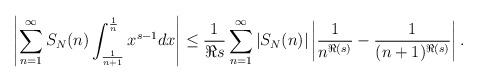
LaTeX: \begin{align*}\left|\sum_{n=1}^{\infty} S_N(n) \int_{\frac{1}{n+1}}^{\frac{1}{n}} x^{s-1} dx\right| \leq \frac{1}{\Re s} \sum_{n=1}^{\infty} \left|S_N(n)\right| \left|\frac{1}{n^{\Re(s)}}-\frac{1}{(n+1)^{\Re(s)}}\right| .\end{align*}